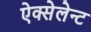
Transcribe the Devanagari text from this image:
ऐक्सेलेन्ट